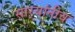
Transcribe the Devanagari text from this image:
सार्‍यांनीच